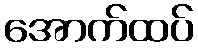
အောက်ထပ်